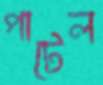
পাটেল